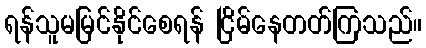
ရန်သူမမြင်နိုင်စေရန် ငြိမ်နေတတ်ကြသည်။